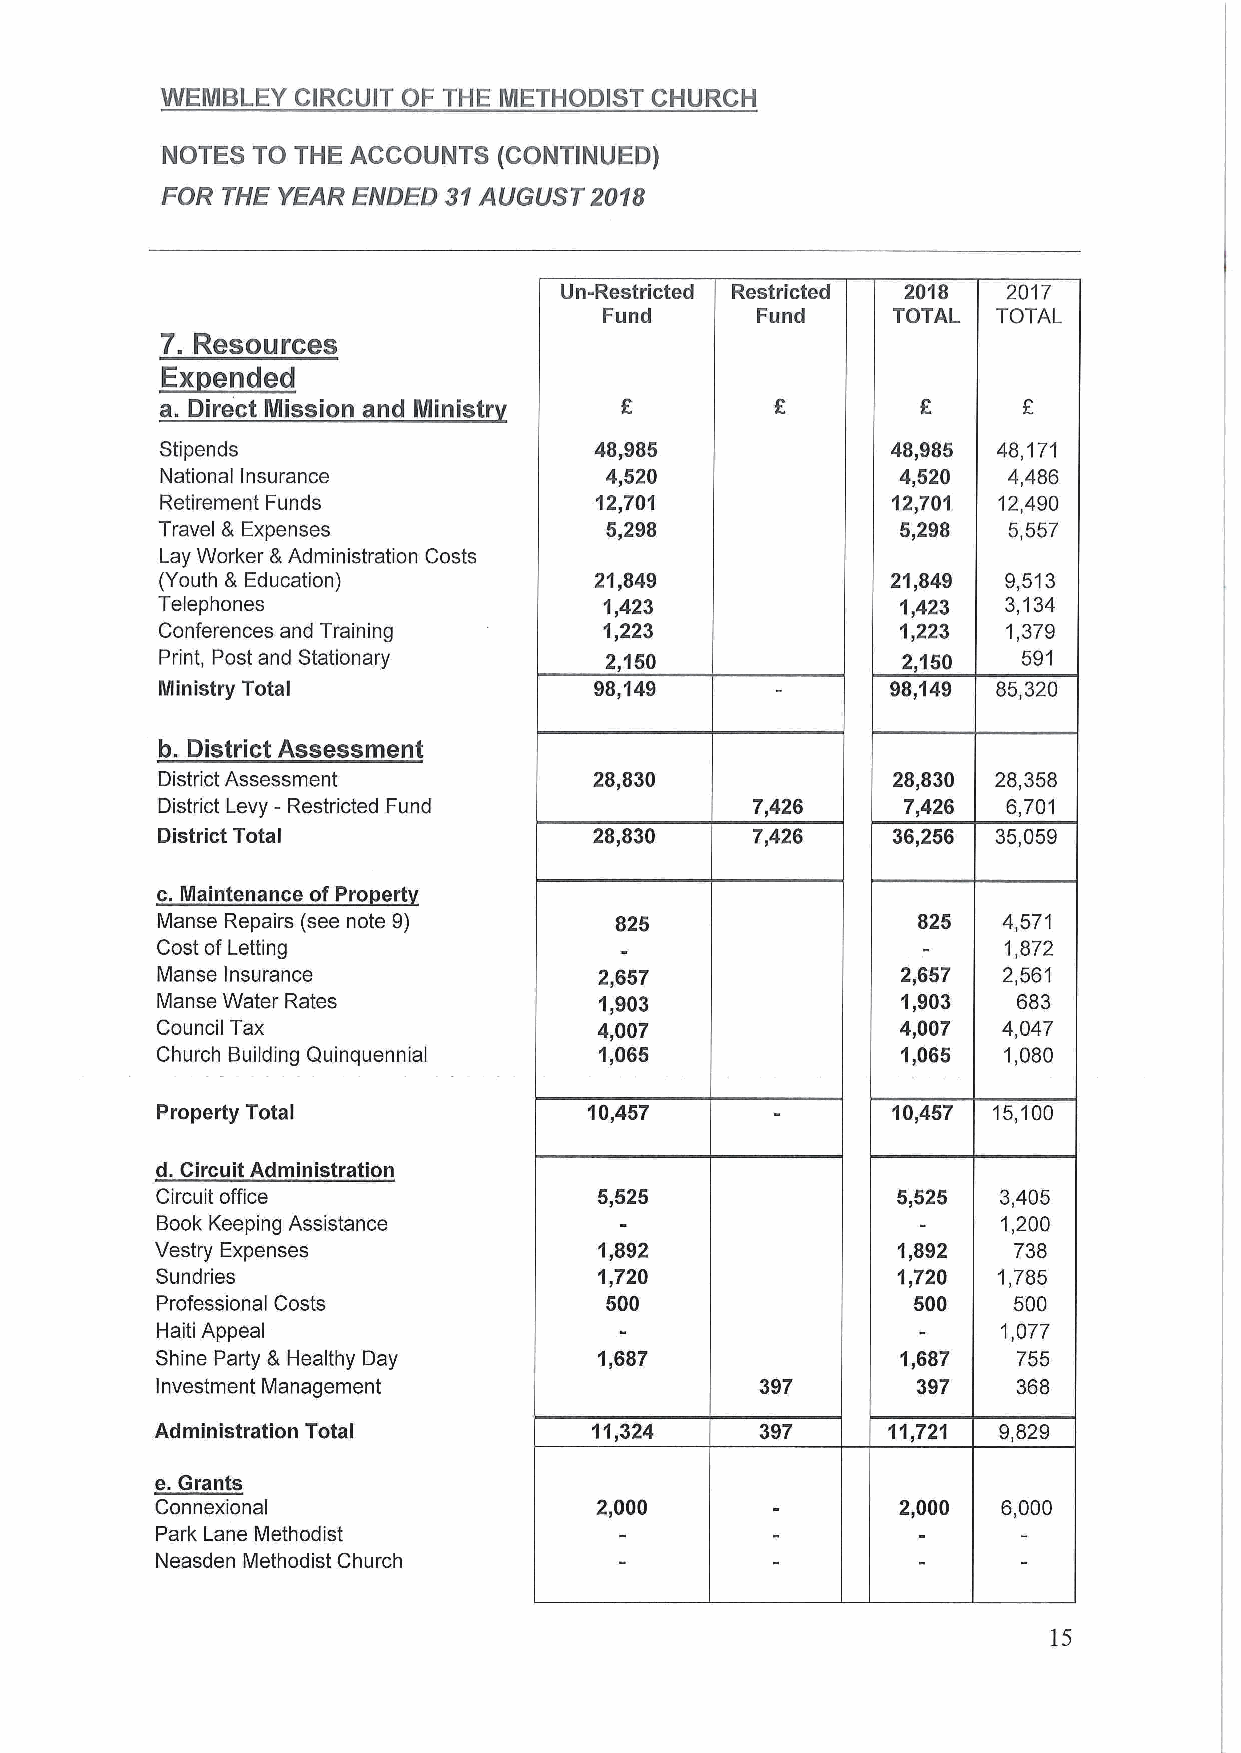
WEMBLEY CIRCUIT OF THE IIETHODIST CHURCH
 NOTES TO THE ACCOUNTS (CONTINUED)
 FOR THE YEAR ENDED 31AUGUST 201S
 Un-Restricted Restricted 2018 2017
 Fund      Fund     TOTAL  TOTAL
 7. Resoorces
 ~EE
 d
 a. Direct Mission and Ministr
 Stipends                    48,9&5              48,985 48,171
 National Insurance           4„520               4,520  4,486
 Retirement Funds            12,701              12,701 12,490
 Travel & Expenses             5,298               5„298  5,557
 Lay Worker &Administration Costs
 (Youth &Education)          21„849              21,849  9,513
 Telephones                    1,423               1,423  3,134
 Conferences and Training      '1 223              1 223  1,379
 Print, Post and Stationary   2,150               2,150   591
 liinistry Total              98,149              98,149 85,320
 b. District Assessment
 District Assessment          28,830              28,830 28,358
 District Levy - Restricted Fund         7,426     7,426  6,701
 District Total               28,830     7,426    36„256 35,059
 c.Ilaintenance ofPro ert
 Manse Repairs (see note 9)     825                 825  4,571
 Cost of Letting                                         1,872
 Manse Insurance               2,657               2,657 2,561
 Manse Water Rates             1,903               1,903  683
 Council Tax                   4,007               4,007 4,047
 Church Building Quinquennial  1,065               1,065 1,080
 Property Total               10,457              10,457 15,100
 d. Circuit Administration
 Circuit office                5,525              5,525  3,405
 Book Keeping Assistance                                 1,200
 Vestry Expenses               1,892              1,892   738
 Sundries                      1,720              1,720  1,785
 Professional Costs            500                 500    500
 Haiti Appeal                                            1,077
 Shine Party &Healthy Day      1,687               1,687  755
 Investment Management                   397        397   368
 Administration Total         11,324     397      11,721 9,829
 e.Grants
 Connexional                  2,000               2,000  6,000
 Park Lane Methodist
 Neasden Methodist Church
 15